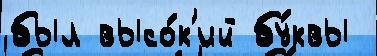
был высо́к'ий бу́квы